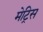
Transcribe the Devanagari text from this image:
मेट्रिस